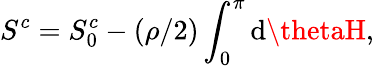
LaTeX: S^{c}=S_{0}^{c}-(\rho/2)\int_{0}^{\pi}\mathrm{d}\thetaH,